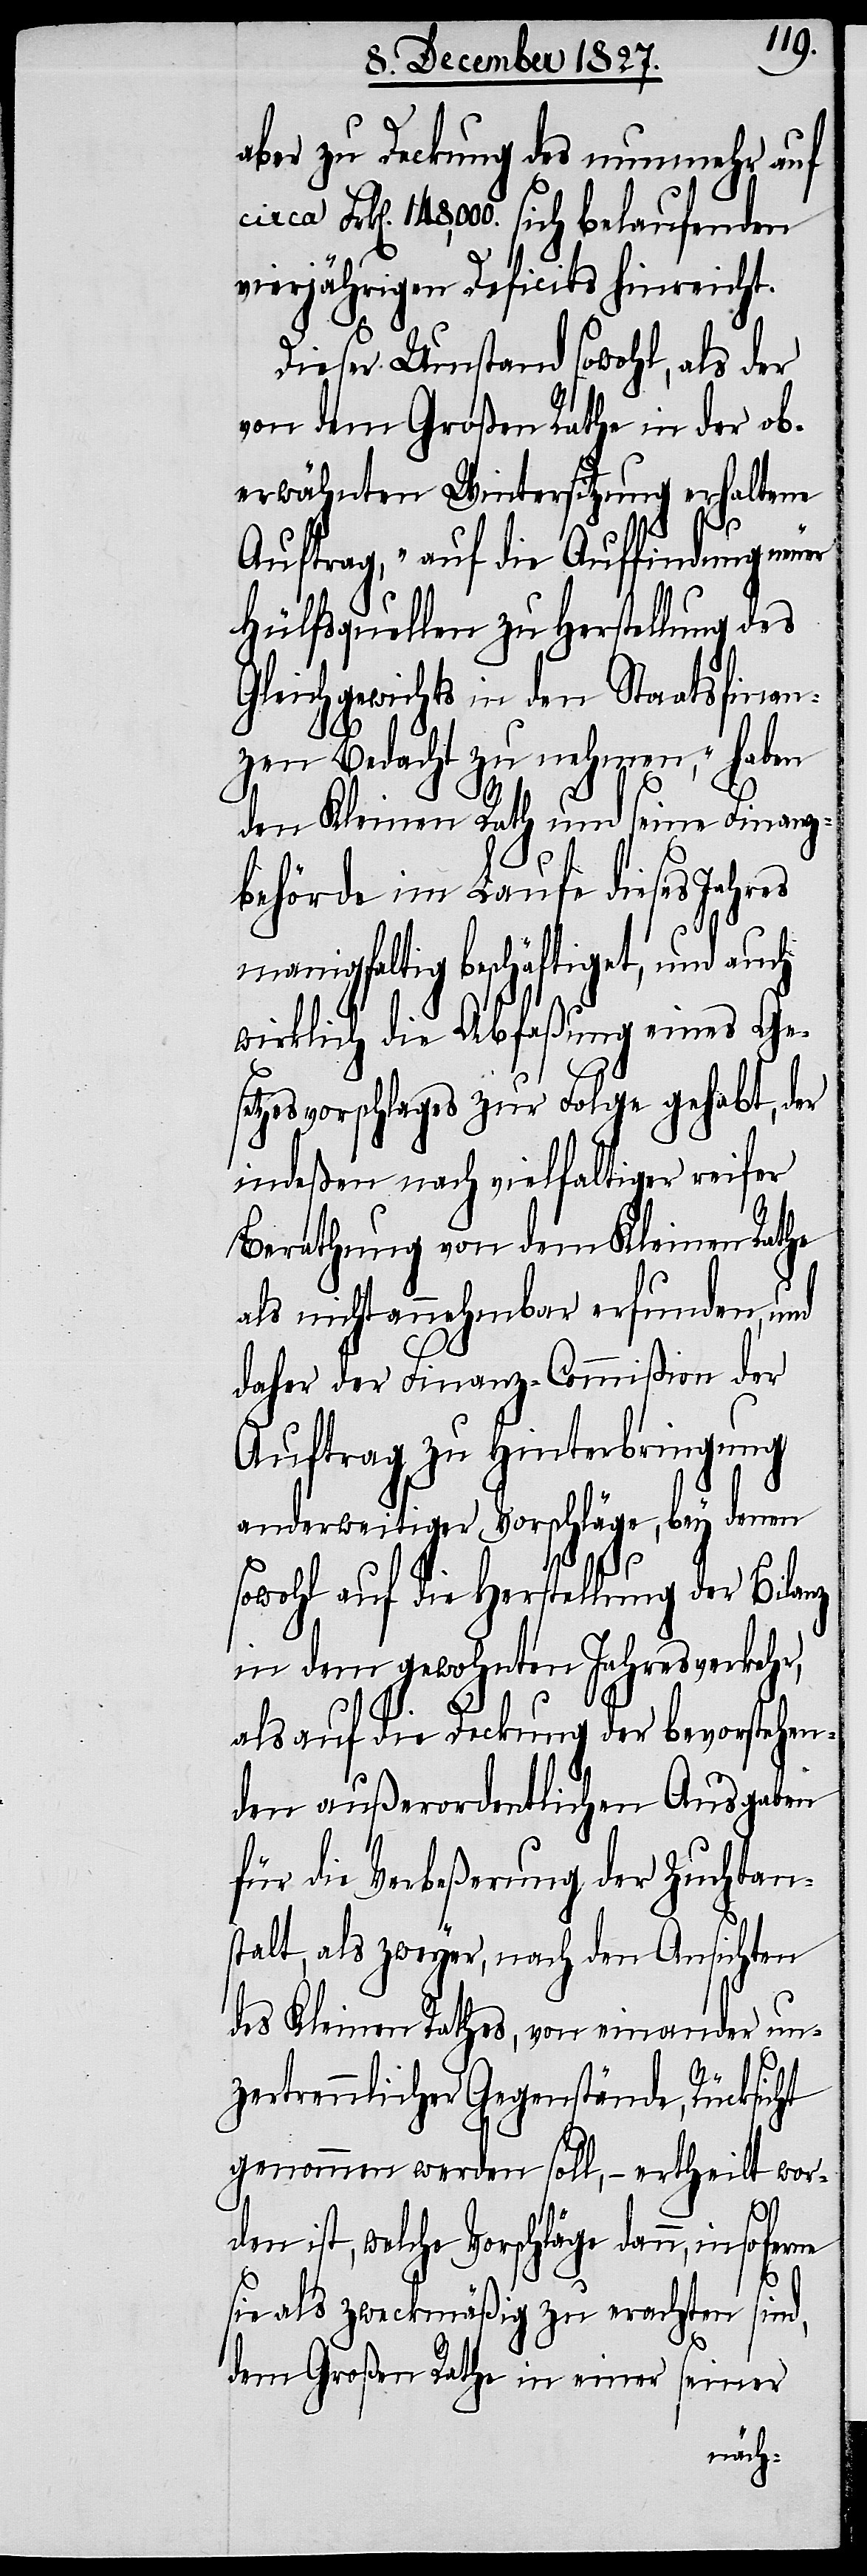
aber zu Deckung des nunmehr auf
Frk[en]. 148,000. sich belaufenden
vierjährigen Deficits hinreicht.
Dieser Umstand sowohl, als der
von dem Großen Rathe in der ob¬
erwähnten Wintersitzung erhaltene
Auftrag, „auf die Auffindung neuer
Hülfsquellen zu Herstellung des
Gleichgewichts in den Staatsfinan¬
zen Bedacht zu nehmen,“ haben
den Kleinen Rath und seine Finanz¬
behörde im Laufe dieses Jahres
manigfaltig beschäftiget, und auch
wirklich die Abfaßung eines Ge¬
setzesvorschlages zur Folge gehabt, der
indeßen nach vielfaltiger reifer
Berathung von dem Kleinen Rathe
als nicht annehmbar erfunden, und
daher der Finanz-Commißion der
Auftrag zu Hinterbringung
anderweitiger Vorschläge, bey denen
rne
sowohl auf die Herstellung der Bilanz
in dem gewohnten Jahresverkehr,
als auf die Deckung der bevorstehen¬
den außerordentlichen Ausgaben
für die Verbeßerung der Zuchtan¬
stalt, als zweyer, nach den Ansichten
des Kleinen Rathes, von einander un¬
zertrennlicher Gegenstände, Rücksicht
genommen werden soll, – ertheilt wor¬
den ist, welche Vorschläge dann, insofe¬
sie als zweckmäßig zu erachten sind,
dem Großen Rathe in einer seiner